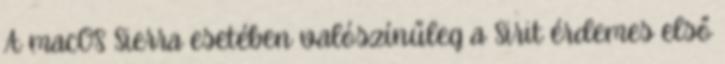
A macOS Sierra esetében valószínűleg a Sirit érdemes első